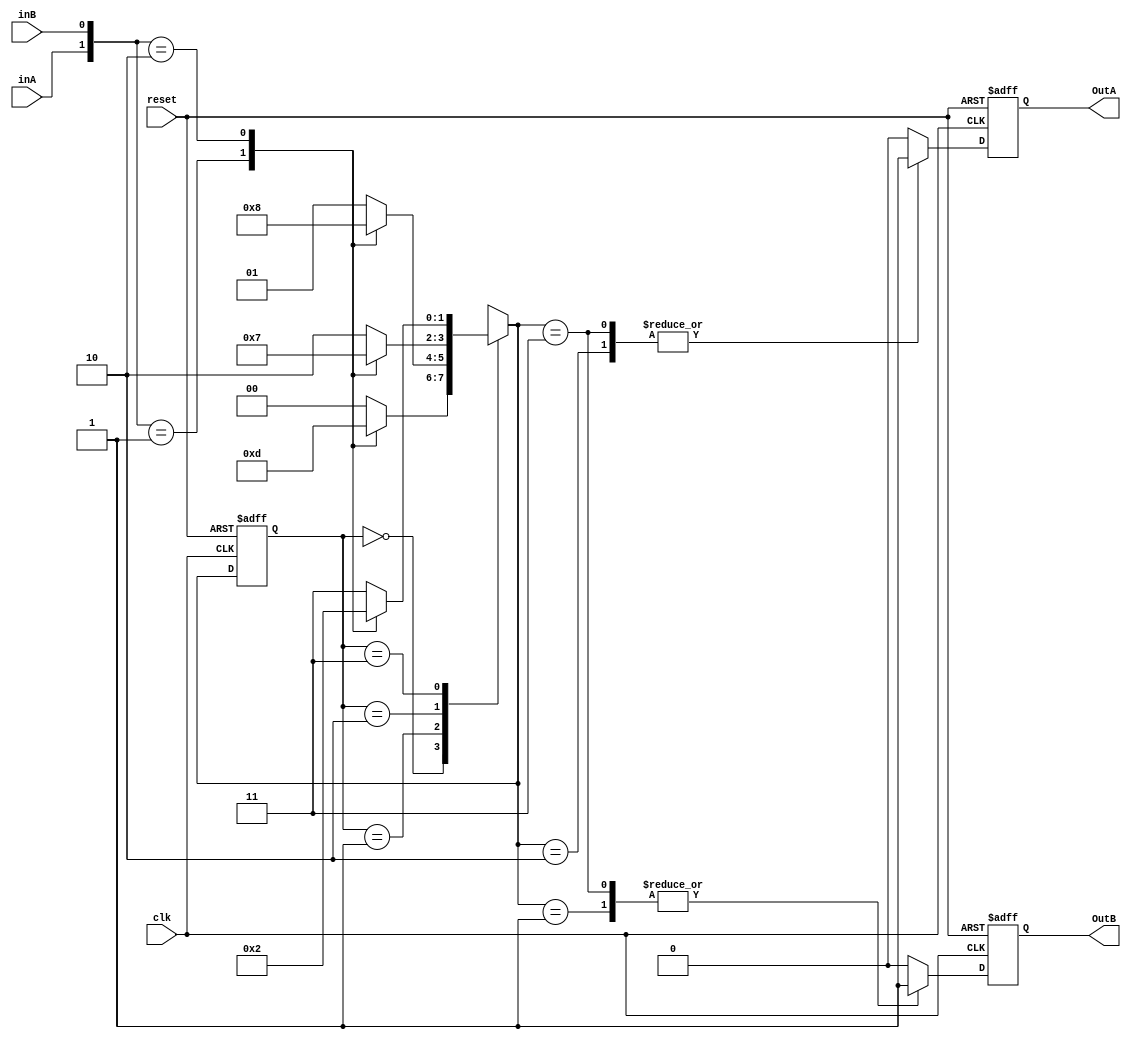


// Mquina fsm formado por 3 bloques always con un un bloque de salida registrado

module my_fsm3alwaysOutReg(clk,reset,inA,inB,OutA,OutB);

input clk,reset,inA,inB;
output OutA,OutB;

reg OutA=0,OutB=0;
reg[1:0] estado_actual=0,estado_siguiente=0;

parameter E0=0,E1=1,E2=2,E3=3;   // 4 estados posibles

//*********************************  Parte 1  ****************************************************************
//Parte combinacional formada por procedimiento  "always @( entradas y estado_actual )" **********************
//************************************************************************************************************

always @(inA or inB or estado_actual)

begin
    //Valores por defecto
	estado_siguiente= 'bx;

	case(estado_actual)
	
		E0:begin
			case ({inA,inB})
				0:estado_siguiente=E0;
				1:estado_siguiente=E3;
				2:estado_siguiente=E1;
				default:estado_siguiente=E0;
			endcase
		   end
		   
		E1:begin
			case ({inA,inB})
				0:estado_siguiente=E1;
				1:estado_siguiente=E2;
				2:estado_siguiente=E0;
				default:estado_siguiente=E1;
			endcase
		   end
		   
		E2:begin
			case ({inA,inB})
				0:estado_siguiente=E2;
				1:estado_siguiente=E1;
				2:estado_siguiente=E3;
				default:estado_siguiente=E2;
			endcase
		   end
		   
		E3:begin
			case ({inA,inB})
				0:estado_siguiente=E3;
				1:estado_siguiente=E0;
				2:estado_siguiente=E2;
				default:estado_siguiente=E3;
			endcase
		   end
		   
		//default:estado_siguiente='bx;        //Valor por defecto
		
	endcase
end



// ************************** Parte 2 *****************************************************
// Parte secuencial, el estado_actual capturar el nuevo estado (estado_siguiente) ********
// ****************************************************************************************

always @(posedge clk or posedge reset)
begin
  if(reset) estado_actual<=E0;
  else estado_actual <= estado_siguiente;
end



// **********************  Parte 3 *****************************************************************
// Parte secuencial  con salidas registradas ( en funcion del estado siguiente)
//**************************************************************************************************

always @(posedge clk or posedge reset)
begin
	if (reset) begin
		{OutA,OutB}=0;
	end
	else
		begin
		{OutA,OutB}=0;  // Valores por defecto
			case(estado_siguiente)             //miramos el estado_siguiente, no el actual
			  //E0:{OutA,OutB}=0;
			  E1:OutB=1;
			  E2:OutA=1;
			  E3:{OutA,OutB}=3;
			  //default: {OutA,OutB}=0;
			endcase
		end 
end

endmodule